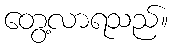
တွေ့လာရသည်။